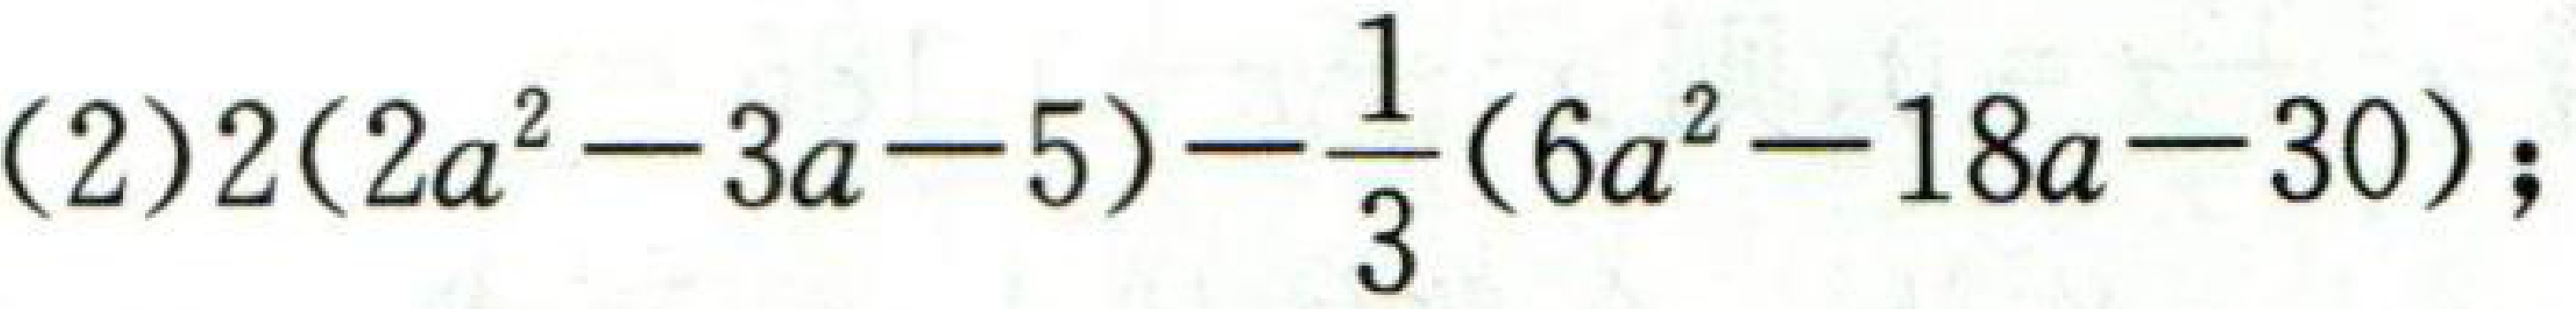
(2)$2(2a^{2}-3a - 5)-\frac{1}{3}(6a^{2}-18a - 30)$;